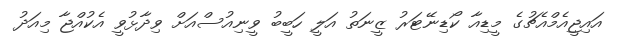
އައިޖީއެމްއެޗުގެ މީޑިއާ ކޯޑިނޭޓަރު ޒީނަތު އަލީ ހަބީބު ވީނިއުސްއަށް ވިދާޅުވީ އެކުއްޖާ މިއަދު